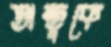
অন্তুকে